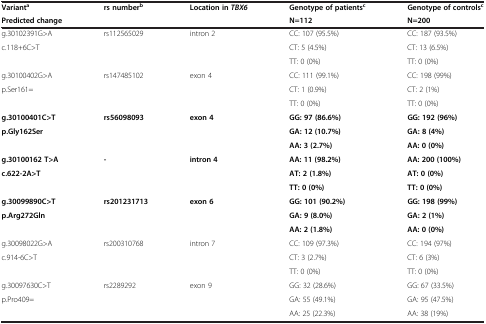
<table><thead><tr><td><b>Variant<sup>a</sup></b></td><td><b>rs number<sup>b</sup></b></td><td><b>Location in <i>TBX6</i></b></td><td><b>Genotype of patients<sup>c</sup></b></td><td><b>Genotype of controls<sup>c</sup></b></td></tr><tr><td><b>Predicted change</b></td><td><b> </b></td><td><b> </b></td><td><b>N=112</b></td><td><b>N=200</b></td></tr></thead><tbody><tr><td>g.30102391G&gt;A</td><td>rs112565029</td><td>intron 2</td><td>CC: 107 (95.5%)</td><td>CC: 187 (93.5%)</td></tr><tr><td>c.118+6C&gt;T</td><td> </td><td> </td><td>CT: 5 (4.5%)</td><td>CT: 13 (6.5%)</td></tr><tr><td> </td><td> </td><td> </td><td>TT: 0 (0%)</td><td>TT: 0 (0%)</td></tr><tr><td>g.30100402G&gt;A</td><td>rs147485102</td><td>exon 4</td><td>CC: 111 (99.1%)</td><td>CC: 198 (99%)</td></tr><tr><td>p.Ser161=</td><td> </td><td> </td><td>CT: 1 (0.9%)</td><td>CT: 2 (1%)</td></tr><tr><td> </td><td> </td><td> </td><td>TT: 0 (0%)</td><td>TT: 0 (0%)</td></tr><tr><td><b>g.30100401C&gt;T</b></td><td><b>rs56098093</b></td><td><b>exon 4</b></td><td><b>GG: 97 (86.6%)</b></td><td><b>GG: 192 (96%)</b></td></tr><tr><td><b>p.Gly162Ser</b></td><td> </td><td> </td><td><b>GA: 12 (10.7%)</b></td><td><b>GA: 8 (4%)</b></td></tr><tr><td> </td><td> </td><td> </td><td><b>AA: 3 (2.7%)</b></td><td><b>AA: 0 (0%)</b></td></tr><tr><td><b>g.30100162 T&gt;A</b></td><td><b>-</b></td><td><b>intron 4</b></td><td><b>AA: 11 (98.2%)</b></td><td><b>AA: 200 (100%)</b></td></tr><tr><td><b>c.622-2A&gt;T</b></td><td> </td><td> </td><td><b>AT: 2 (1.8%)</b></td><td><b>AT: 0 (0%)</b></td></tr><tr><td> </td><td> </td><td> </td><td><b>TT: 0 (0%)</b></td><td><b>TT: 0 (0%)</b></td></tr><tr><td><b>g.30099890C&gt;T</b></td><td><b>rs201231713</b></td><td><b>exon 6</b></td><td><b>GG: 101 (90.2%)</b></td><td><b>GG: 198 (99%)</b></td></tr><tr><td><b>p.Arg272Gln</b></td><td> </td><td> </td><td><b>GA: 9 (8.0%)</b></td><td><b>GA: 2 (1%)</b></td></tr><tr><td> </td><td> </td><td> </td><td><b>AA: 2 (1.8%)</b></td><td><b>AA: 0 (0%)</b></td></tr><tr><td>g.30098022G&gt;A</td><td>rs200310768</td><td>intron 7</td><td>CC: 109 (97.3%)</td><td>CC: 194 (97%)</td></tr><tr><td>c.914-6C&gt;T</td><td> </td><td> </td><td>CT: 3 (2.7%)</td><td>CT: 6 (3%)</td></tr><tr><td> </td><td> </td><td> </td><td>TT: 0 (0%)</td><td>TT: 0 (0%)</td></tr><tr><td>g.30097630C&gt;T</td><td>rs2289292</td><td>exon 9</td><td>GG: 32 (28.6%)</td><td>GG: 67 (33.5%)</td></tr><tr><td>p.Pro409=</td><td> </td><td> </td><td>GA: 55 (49.1%)</td><td>GA: 95 (47.5%)</td></tr><tr><td> </td><td> </td><td> </td><td>AA: 25 (22.3%)</td><td>AA: 38 (19%)</td></tr></tbody></table>